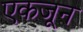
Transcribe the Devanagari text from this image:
एकजून